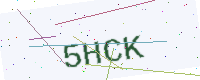
Text: 5HCK